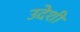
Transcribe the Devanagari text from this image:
उदेशी